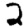
Digit: 2